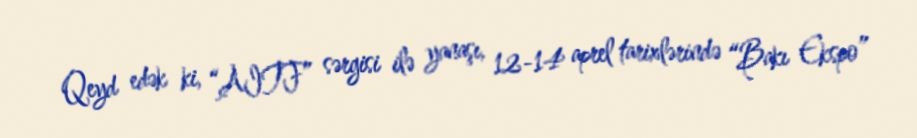
Qeyd edək ki, “AITF” sərgisi ilə yanaşı, 12-14 aprel tarixlərində “Bakı Ekspo”